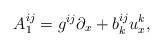
LaTeX: \begin{align*}A_{1}^{ij}=g^{ij}\partial _{x}+b_{k}^{ij}u_{x}^{k}, \end{align*}